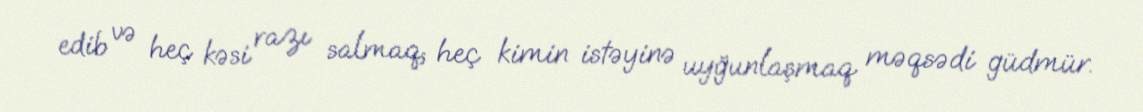
edib və heç kəsi razı salmaq, heç kimin istəyinə uyğunlaşmaq məqsədi güdmür.